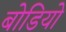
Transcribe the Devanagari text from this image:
बोडियो